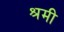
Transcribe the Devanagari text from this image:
श्रमी